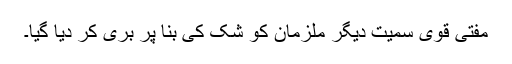
مفتی قوی سمیت دیگر ملزمان کو شک کی بنا پر بری کر دیا گیا۔